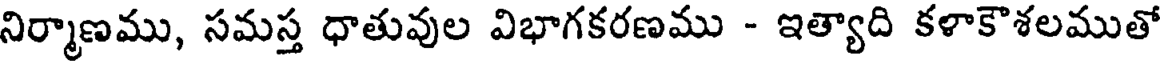
నిర్మాణము, సమస్త ధాతువుల విభాగకరణము - ఇత్యాది కళాకౌశలముతో